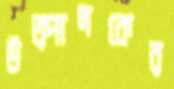
উত্পাদকের